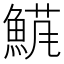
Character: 𬵘